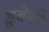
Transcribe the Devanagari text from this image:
डूबेगी